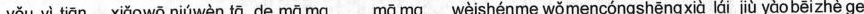
yǒu yì tiān xiǎowō nìúwèn tā de mā ma mā ma wèishénme wǒmencóngshēngxià lái jiù yàobēizhè ge